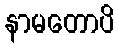
နာမတောပိ